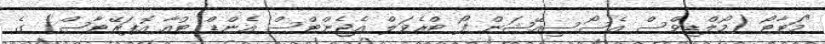
"މަޓާޓޯ (މޯލްޑިވްސް އެސޯސިއޭޝަން ފޯ ޓްރެވަލް އެޖެންޓްސް އެންޑް ޓުއާ އޮޕަރޭޓާސް) ގެ